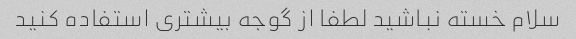
سلام خسته نباشید لطفا از گوجه بیشتری استفاده کنید